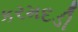
કરમદડી